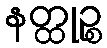
နတ္ထုဉ္စ